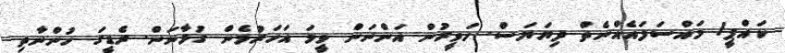
ކައްޕީ! މައްސަލައެއްނެތް ދިޔަޔަސް. ހަވީރުން އަންނަން ވީމަ އަހަރުމެން ގުޅާނަން. ރެޑީގަ ހުންނާތި